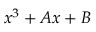
x ^ { 3 } + A x + B